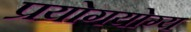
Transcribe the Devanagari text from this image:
प्रयोगयोग्य